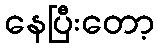
နေပြီးတော့